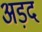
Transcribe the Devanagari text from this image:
अड़द